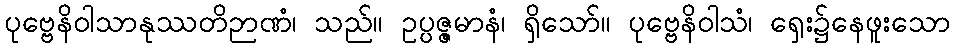
ပုဗ္ဗေနိဝါသာနုဿတိဉာဏံ၊ သည်။ ဥပ္ပဇ္ဇမာနံ၊ ရှိသော်။ ပုဗ္ဗေနိဝါသံ၊ ရှေး၌နေဖူးသော